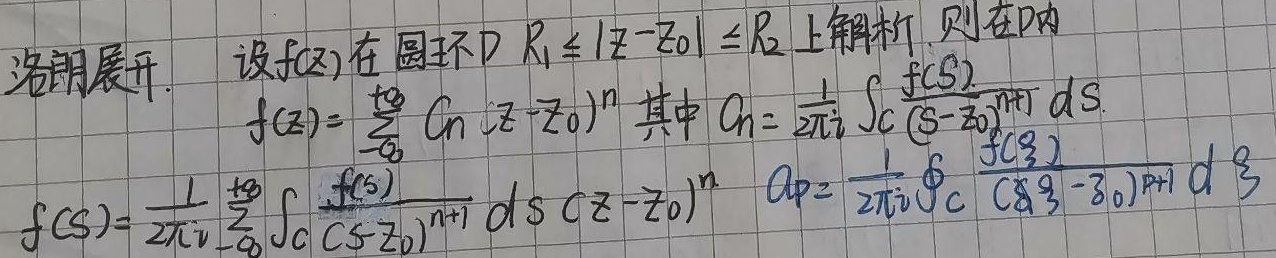
洛朗展开。设\(f(z)\)在圆环\(D:R_1\leq|z - z_0|\leq R_2\)上解析，则在\(D\)内
\[f(z)=\sum_{n = -\infty}^{+\infty}C_n(z - z_0)^n\]
其中
\[C_n=\frac{1}{2\pi i}\oint_{C}\frac{f(\zeta)}{(\zeta - z_0)^{n + 1}}d\zeta\]
\[f(\zeta)=\frac{1}{2\pi i}\sum_{n = -\infty}^{+\infty}\oint_{C}\frac{f(\zeta)}{(\zeta - z_0)^{n + 1}}d\zeta(z - z_0)^n\]
\[a_p=\frac{1}{2\pi i}\oint_{C}\frac{f(\zeta)}{(\zeta - z_0)^{p + 1}}d\zeta\]